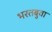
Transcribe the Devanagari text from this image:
भरतबुवा